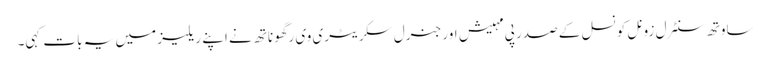
ساوتھ سنٹرل زونل کونسل کے صدر پی مہیش اور جنرل سکریٹری وی رگھوناتھ نے اپنے ریلیز میں یہ بات کہی۔